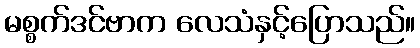
မစ္စက်ဒင်ဗာက လေသံနှင့်ပြောသည်။